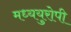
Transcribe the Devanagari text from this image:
मध्ययुरोपी